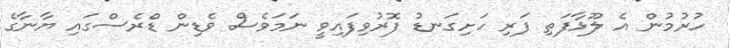
ހުރުމުން އެ ލޫޅާފަތި ފަރި ހަށިގަނޑު ފޮރުވިފައިވީ ނަމަވެސް ވެޑިން ޑްރެސްގައި ޔާނާގެ